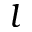
l